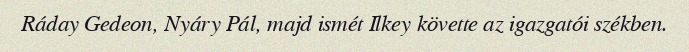
Ráday Gedeon, Nyáry Pál, majd ismét Ilkey követte az igazgatói székben.